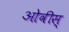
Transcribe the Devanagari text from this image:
ओवीस्